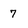
Character: 7